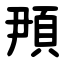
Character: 䪳